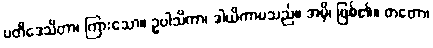
ပတိဒေသိတာ၊ ကြားသော။ ဥပါသိကာ၊ ဒါယိကာမသည်။ အမှိ၊ ဖြစ်၏။ တတော၊